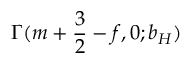
\Gamma ( m + { \frac { 3 } { 2 } } - f , 0 ; b _ { H } )